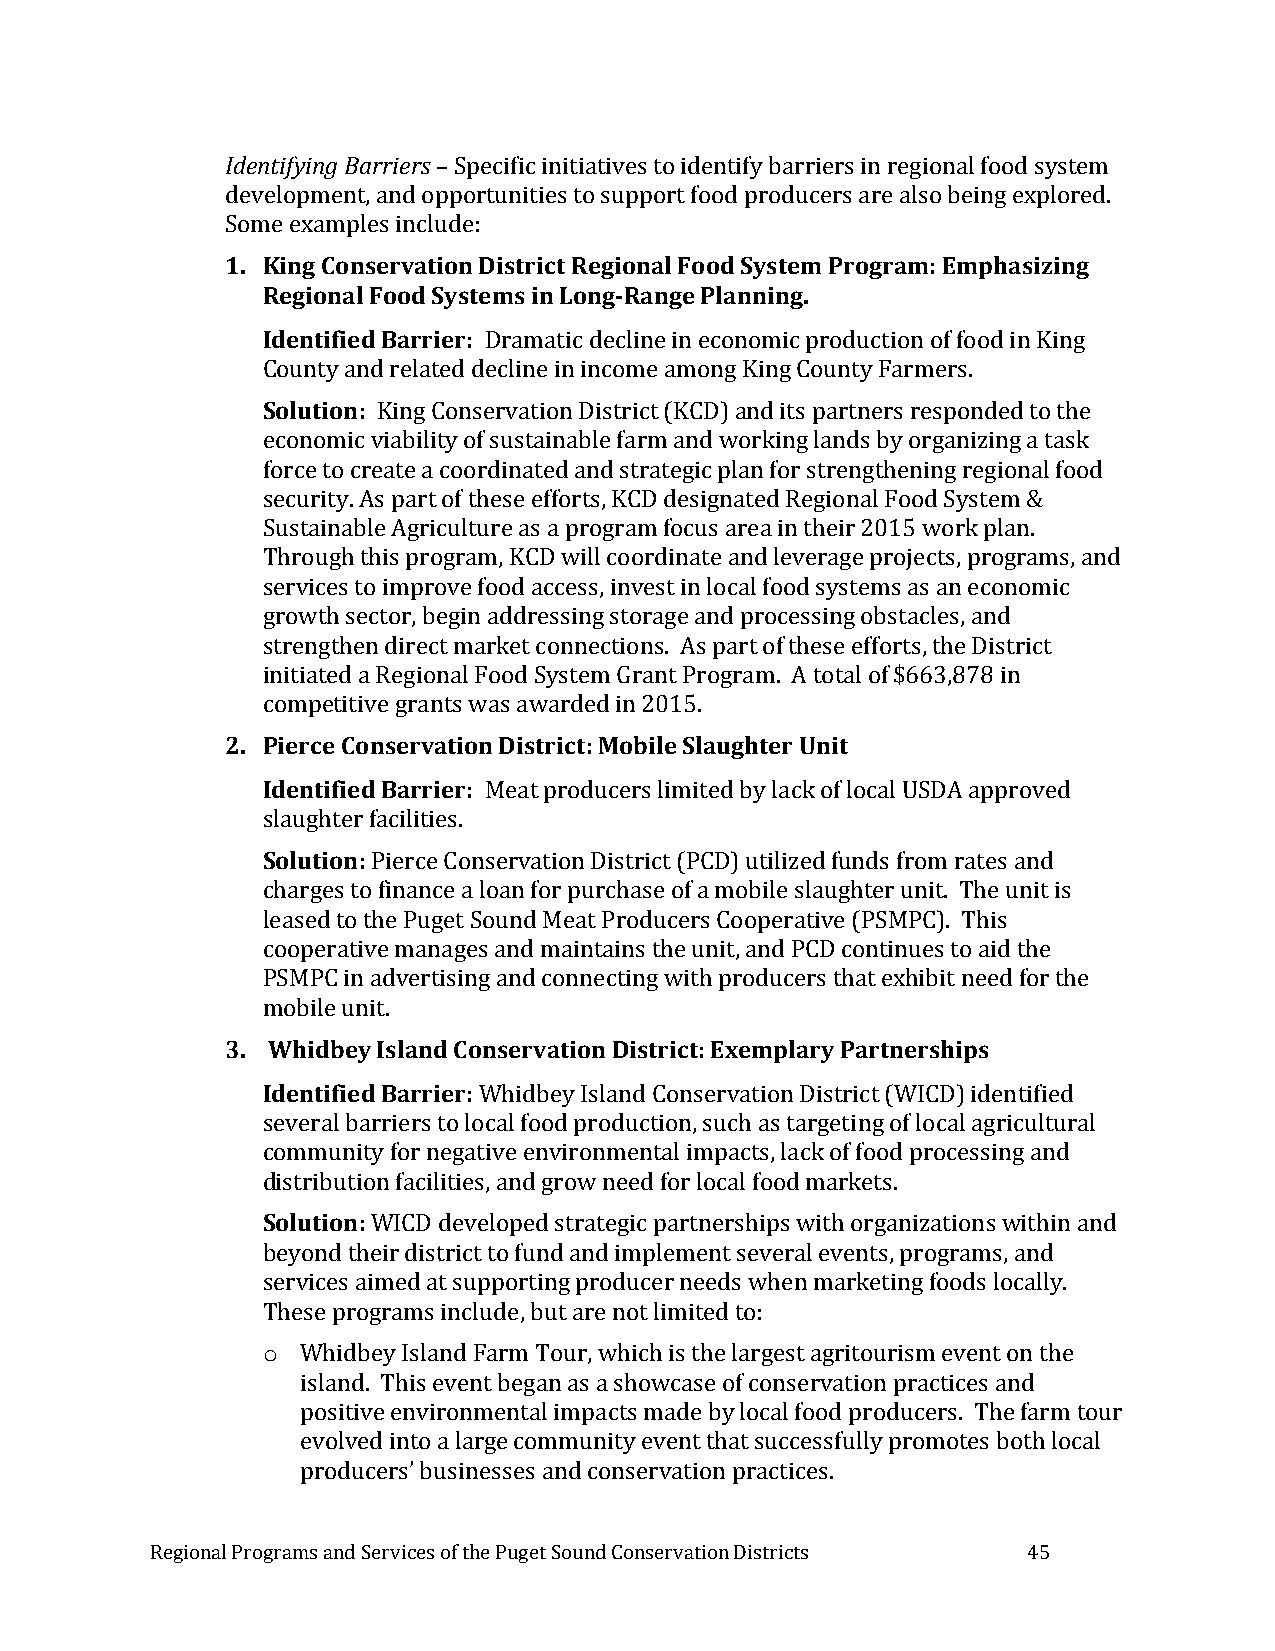
Identifying Barriers – Specific initiatives to identify barriers in regional food system
 development, and opportunities to support food producers are also being explored.
 Some examples include:
 1. King Conservation District Regional Food System Program: Emphasizing
 Regional Food Systems in Long-Range Planning.
 Identified Barrier: Dramatic decline in economic production of food in King
 County and related decline in income among King County Farmers.
 Solution: King Conservation District (KCD) and its partners responded to the
 economic viability of sustainable farm and working lands by organizing a task
 force to create a coordinated and strategic plan for strengthening regional food
 security. As part of these efforts, KCD designated Regional Food System &
 Sustainable Agriculture as a program focus area in their 2015 work plan.
 Through this program, KCD will coordinate and leverage projects, programs, and
 services to improve food access, invest in local food systems as an economic
 growth sector, begin addressing storage and processing obstacles, and
 strengthen direct market connections. As part of these efforts, the District
 initiated a Regional Food System Grant Program. A total of $663,878 in
 competitive grants was awarded in 2015.
 2. Pierce Conservation District: Mobile Slaughter Unit
 Identified Barrier: Meat producers limited by lack of local USDA approved
 slaughter facilities.
 Solution: Pierce Conservation District (PCD) utilized funds from rates and
 charges to finance a loan for purchase of a mobile slaughter unit. The unit is
 leased to the Puget Sound Meat Producers Cooperative (PSMPC). This
 cooperative manages and maintains the unit, and PCD continues to aid the
 PSMPC in advertising and connecting with producers that exhibit need for the
 mobile unit.
 3. Whidbey Island Conservation District: Exemplary Partnerships
 Identified Barrier: Whidbey Island Conservation District (WICD) identified
 several barriers to local food production, such as targeting of local agricultural
 community for negative environmental impacts, lack of food processing and
 distribution facilities, and grow need for local food markets.
 Solution: WICD developed strategic partnerships with organizations within and
 beyond their district to fund and implement several events, programs, and
 services aimed at supporting producer needs when marketing foods locally.
 These programs include, but are not limited to:
 o  Whidbey Island Farm Tour, which is the largest agritourism event on the
 island. This event began as a showcase of conservation practices and
 positive environmental impacts made by local food producers. The farm tour
 evolved into a large community event that successfully promotes both local
 producers’ businesses and conservation practices.
 Regional Programs and Services of the Puget Sound Conservation Districts 45